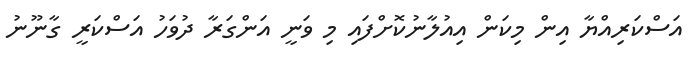
އަސްކަރިއްޔާ އިން މިކަން އިއުލާނުކޮށްފައި މި ވަނީ އަންގަރާ ދުވަހު އަސްކަރީ ގާނޫނު